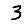
Digit: 3